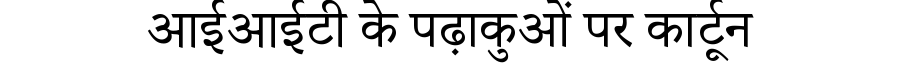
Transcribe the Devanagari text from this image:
आईआईटी के पढ़ाकुओं पर कार्टून